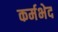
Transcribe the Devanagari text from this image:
कर्मभेद